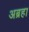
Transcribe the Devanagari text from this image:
अब्रहा